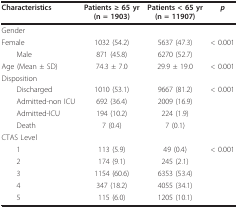
<table><thead><tr><td><b>Characteristics</b></td><td><b>Patients ≥ 65 yr(n = 1903)</b></td><td><b>Patients &lt; 65 yr(n = 11907)</b></td><td><b><i>p</i></b></td></tr></thead><tbody><tr><td>Gender</td><td></td><td></td><td></td></tr><tr><td>Female</td><td>1032 (54.2)</td><td>5637 (47.3)</td><td>&lt; 0.001</td></tr><tr><td> Male</td><td>871 (45.8)</td><td>6270 (52.7)</td><td></td></tr><tr><td>Age (Mean ± SD)</td><td>74.3 ± 7.0</td><td>29.9 ± 19.0</td><td>&lt; 0.001</td></tr><tr><td>Disposition</td><td></td><td></td><td></td></tr><tr><td> Discharged</td><td>1010 (53.1)</td><td>9667 (81.2)</td><td>&lt; 0.001</td></tr><tr><td> Admitted-non ICU</td><td>692 (36.4)</td><td>2009 (16.9)</td><td></td></tr><tr><td> Admitted-ICU</td><td>194 (10.2)</td><td>224 (1.9)</td><td></td></tr><tr><td> Death</td><td>7 (0.4)</td><td>7 (0.1)</td><td></td></tr><tr><td>CTAS Level</td><td></td><td></td><td></td></tr><tr><td> 1</td><td>113 (5.9)</td><td>49 (0.4)</td><td>&lt; 0.001</td></tr><tr><td> 2</td><td>174 (9.1)</td><td>245 (2.1)</td><td></td></tr><tr><td> 3</td><td>1154 (60.6)</td><td>6353 (53.4)</td><td></td></tr><tr><td> 4</td><td>347 (18.2)</td><td>4055 (34.1)</td><td></td></tr><tr><td> 5</td><td>115 (6.0)</td><td>1205 (10.1)</td><td></td></tr></tbody></table>